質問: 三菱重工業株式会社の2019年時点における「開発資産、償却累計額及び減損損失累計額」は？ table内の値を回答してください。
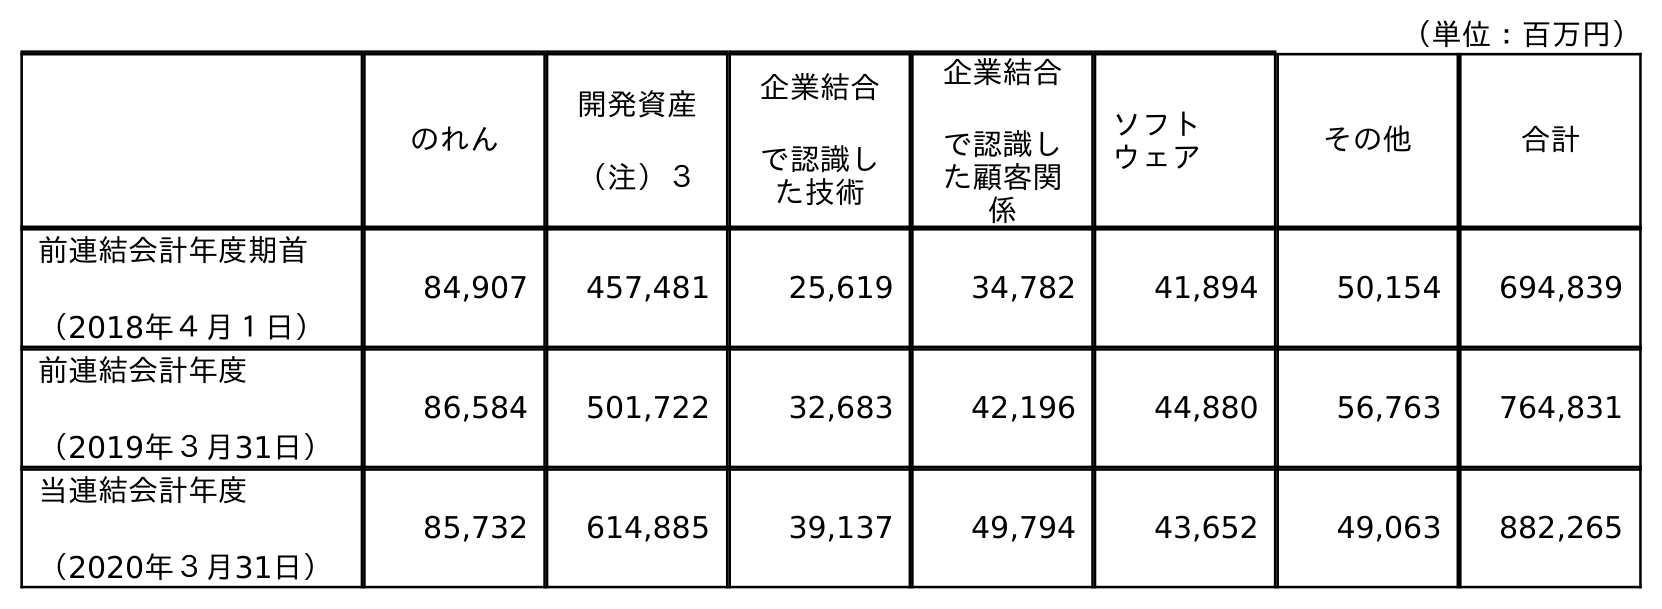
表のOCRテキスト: （単位：百万円） のれん 開発資産 （注）３ 企業結合 で認識し た技術 企業結合 で認識し た顧客関 係 ソフト ウェア その他 合計 前連結会計年度期首 （2018年４月１日） 84,907 457,481 25,619 34,782 41,894 50,154 694,839 前連結会計年度 （2019年３月31日） 86,584 501,722 32,683 42,196 44,880 56,763 764,831 当連結会計年度 （2020年３月31日） 85,732 614,885 39,137 49,794 43,652 49,063 882,265
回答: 501,722